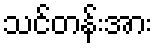
သင်တန်းအား